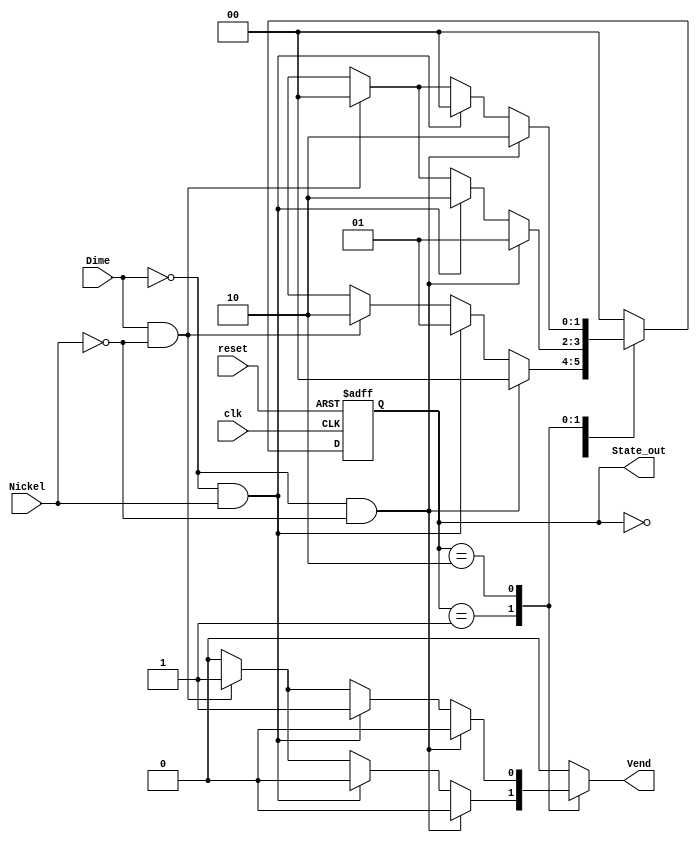
`timescale 1ns / 1ps
//////////////////////////////////////////////////////////////////////////////////
// Company: 
// Design Name: 
// Module Name:    GasPumpMealy
// Project Name: 

//
//////////////////////////////////////////////////////////////////////////////////
module VendingMoore(
    input clk,
    input reset,
	 input Nickel,
    input Dime,
    output reg Vend,
    output [1:0] State_out  // 3 states that are needed. 2 FFs with 2bits each
    );
	 
// State Variable Declaration
	reg [1:0] present_state = 2'b00;
	reg [1:0] next_state = 2'b00;
	
// Binary state assignment
	parameter [1:0]
		Zero_Cents		=	2'b00,  // state S0
		Five_Cents		=	2'b01,  // State S1
		Ten_Cents 		= 	2'b10;  // Stare S2
		
	// Output present state binary
	assign State_out = present_state;
	

	// Register generation (D flip flops)
	always @(posedge clk or posedge reset)
		begin : register_generation
			if (reset) 
			present_state <= Zero_Cents;
			else 
			present_state <= next_state;
		end
		
	// Next State Logic
	always @(present_state or Nickel or Dime)
		begin : next_state_logic
		// Default state assignment; use don't cares
		next_state <= 2'bx;
		// Default output assignment
		Vend <= 0;
			case (present_state)
				Zero_Cents:      // State S0
					begin
						// List all input conditions
						if (!Dime & !Nickel) begin
							next_state <= Zero_Cents;
							    Vend <= 0;
							    end
						else if (!Dime & Nickel) begin
							next_state <= Five_Cents;
							    Vend <= 0;
							    end
						else if (Dime & !Nickel) begin
							next_state <= Ten_Cents;
							    Vend <= 0;
							    end
						else next_state <= 2'bx; //don't care state when inputs are 11
						
					end
					
				Five_Cents:       // State S1
				begin
						// List all input conditions
						if (!Dime & !Nickel) begin
							next_state <= Five_Cents;
							   Vend <= 0;
							   end
						else if (!Dime & Nickel) begin
							next_state <= Ten_Cents;
							   Vend <= 0;
							   end
						else if (Dime & !Nickel) begin
							next_state <= Zero_Cents;
							   Vend <= 1;
							   end
						else next_state <= 2'bx;  //don't care state when inputs are 11
						
					end
				Ten_Cents:    // State S2
				begin
						// List all input conditions
						if (!Dime & !Nickel) begin
							next_state <= Ten_Cents;
							    Vend <= 0;
							    end
						else if (!Dime & Nickel) begin
							next_state <= Zero_Cents;
							    Vend <= 1;
							    end
						else if (Dime & !Nickel) begin
							next_state <= Zero_Cents;
							    Vend <= 1;
							    end
						else next_state <= 2'bx;
						
					end
				
				default:
					next_state <= Zero_Cents; // necessary to prevent warnings about uncovered states
			endcase
		end

endmodule